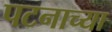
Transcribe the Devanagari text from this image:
पटनाच्या